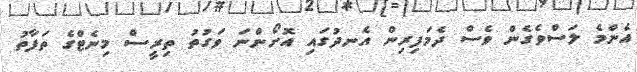
އެންމެ ލަސްވެގެން ވެސް ދެމަފިރިން އެނދުގައި އޮށޯންނަ ވަގުތު ތިރީސް މިނެޓްގެ ތަފާތު